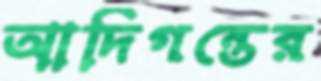
আদিগন্তের